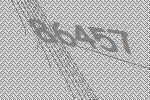
86457